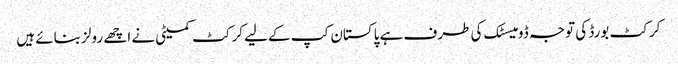
کرکٹ بورڈ کی توجہ ڈومیسٹک کی طرف ہے پاکستان کپ کےلیے کرکٹ کمیٹی نے اچھے رولز بنائے ہیں